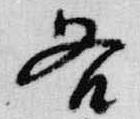
各